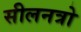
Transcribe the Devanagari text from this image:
सीलनत्रो